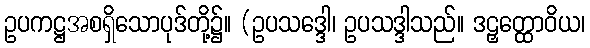
ဥပကဋ္ဌအစရှိသောပုဒ်တို့၌။ (ဥပသဒ္ဒေါ၊ ဥပသဒ္ဒါသည်။ ဒဠှတ္ထောဝိယ၊